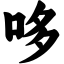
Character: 哆